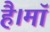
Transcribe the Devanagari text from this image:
है।माॅ